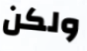
ولكن